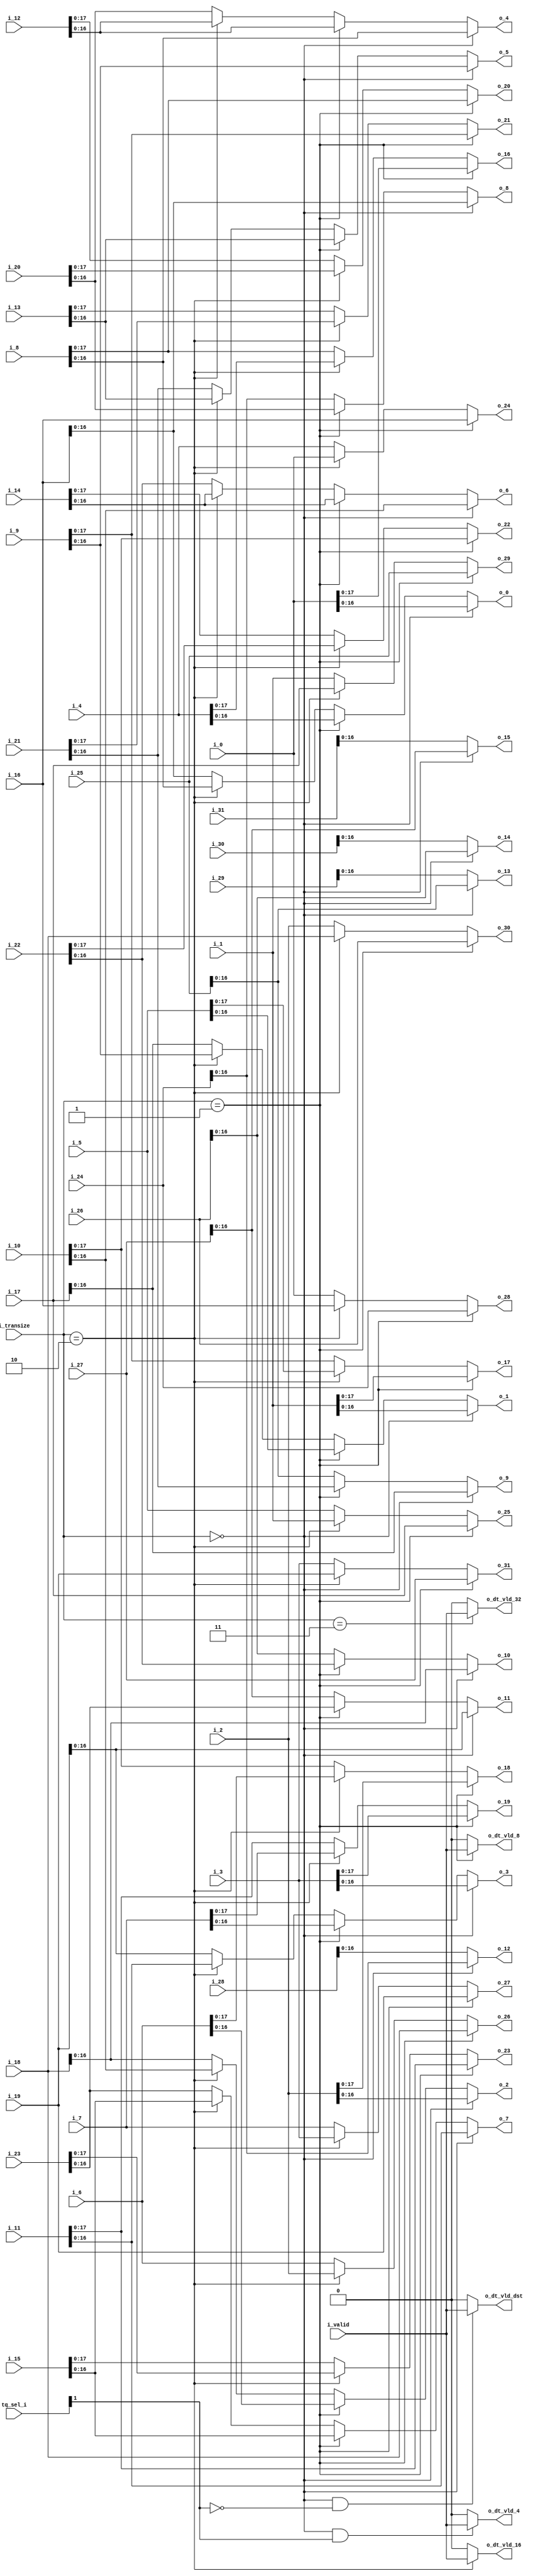
//company       : xm tech
//project name  : H265
//top module    : dct_top_2d.v
//data          : 2018.01.17
//delay         : 0 clk 
//describe      :
//modification  :
//v1.0          :
module re_in_ctl(
	i_valid     ,
	i_transize  ,
	tq_sel_i    ,
	i_0         ,	
	i_1         ,	
	i_2         ,	
	i_3         ,	
	i_4         ,	
	i_5         ,	
	i_6         ,	
	i_7         ,	
	i_8         ,	
	i_9         ,	
	i_10        ,	
	i_11        ,	
	i_12        ,	
	i_13        ,	
	i_14        ,	
	i_15        ,	
	i_16        ,	
	i_17        ,	
	i_18        ,	
	i_19        ,	
	i_20        ,	
	i_21        ,	
	i_22        ,	
	i_23        ,	
	i_24        ,	
	i_25        ,	
	i_26        ,	
	i_27        ,	
	i_28        ,	
	i_29        ,	
	i_30        ,	
	i_31        ,
//------------------------	
	o_dt_vld_32  ,
	o_dt_vld_16  ,
	o_dt_vld_8   ,
	o_dt_vld_4   ,
	o_dt_vld_dst,
//--------level0
	o_0         ,	
	o_1         ,	
	o_2         ,	
	o_3         ,	
	o_4         ,	
	o_5         ,	
	o_6         ,	
	o_7         ,	
	o_8         ,	
	o_9         ,	
	o_10        ,	
	o_11        ,	
	o_12        ,	
	o_13        ,	
	o_14        ,	
	o_15        ,	
//-------level1
	o_16        ,	
	o_17        ,	
	o_18        ,	
	o_19        ,	
	o_20        ,	
	o_21        ,	
	o_22        ,	
	o_23        ,	
//-------level2
	o_24        ,	
	o_25        ,	
	o_26        ,	
	o_27        ,
	o_28        ,	
	o_29        ,	
	o_30        ,	
	o_31        	
);

input   	i_valid     ;
input [1:0]  	i_transize  ;
input [1:0]  	tq_sel_i    ;
input [18:0]	i_0         ;	
input [18:0]	i_1         ;	
input [18:0]	i_2         ;	
input [18:0]	i_3         ;	
input [18:0]	i_4         ;	
input [18:0]	i_5         ;	
input [18:0]	i_6         ;	
input [18:0]	i_7         ;	
input [18:0]	i_8         ;	
input [18:0]	i_9         ;	
input [18:0]	i_10        ;	
input [18:0]	i_11        ;	
input [18:0]	i_12        ;	
input [18:0]	i_13        ;	
input [18:0]	i_14        ;	
input [18:0]	i_15        ;	
input [18:0]	i_16        ;	
input [18:0]	i_17        ;	
input [18:0]	i_18        ;	
input [18:0]	i_19        ;	
input [18:0]	i_20        ;	
input [18:0]	i_21        ;	
input [18:0]	i_22        ;	
input [18:0]	i_23        ;	
input [18:0]	i_24        ;	
input [18:0]	i_25        ;	
input [18:0]	i_26        ;	
input [18:0]	i_27        ;	
input [18:0]	i_28        ;	
input [18:0]	i_29        ;	
input [18:0]	i_30        ;	
input [18:0]	i_31        ;	
output   	o_dt_vld_32  ;
output   	o_dt_vld_16  ;
output   	o_dt_vld_8   ;
output   	o_dt_vld_4   ;
output   	o_dt_vld_dst;
//--------level0
output [16:0]	o_0         ;	
output [16:0]	o_1         ;	
output [16:0]	o_2         ;	
output [16:0]	o_3         ;	
output [16:0]	o_4         ;	
output [16:0]	o_5         ;	
output [16:0]	o_6         ;	
output [16:0]	o_7         ;	
output [16:0]	o_8         ;	
output [16:0]	o_9         ;	
output [16:0]	o_10        ;	
output [16:0]	o_11        ;	
output [16:0]	o_12        ;	
output [16:0]	o_13        ;	
output [16:0]	o_14        ;	
output [16:0]	o_15        ;	
//-------level1
output [17:0]	o_16        ;	
output [17:0]	o_17        ;	
output [17:0]	o_18        ;	
output [17:0]	o_19        ;	
output [17:0]	o_20        ;	
output [17:0]	o_21        ;	
output [17:0]	o_22        ;	
output [17:0]	o_23        ;	
//-------level2
output [18:0]	o_24        ;	
output [18:0]	o_25        ;	
output [18:0]	o_26        ;	
output [18:0]	o_27        ;
//------level3
output [18:0]	o_28        ;	
output [18:0]	o_29        ;	
output [18:0]	o_30        ;	
output [18:0]	o_31        ;	
//------------------------reg-----------------//
reg       	o_dt_vld_32  ;
reg       	o_dt_vld_16  ;
reg       	o_dt_vld_8   ;
reg       	o_dt_vld_4   ;
reg       	o_dt_vld_dst;
//--------level0
reg     [16:0]	o_0         ;	
reg     [16:0]	o_1         ;	
reg     [16:0]	o_2         ;	
reg     [16:0]	o_3         ;	
reg     [16:0]	o_4         ;	
reg     [16:0]	o_5         ;	
reg     [16:0]	o_6         ;	
reg     [16:0]	o_7         ;	
reg     [16:0]	o_8         ;	
reg     [16:0]	o_9         ;	
reg     [16:0]	o_10        ;	
reg     [16:0]	o_11        ;	
reg     [16:0]	o_12        ;	
reg     [16:0]	o_13        ;	
reg     [16:0]	o_14        ;	
reg     [16:0]	o_15        ;	
//-------level1
reg     [17:0]	o_16        ;	
reg     [17:0]	o_17        ;	
reg     [17:0]	o_18        ;	
reg     [17:0]	o_19        ;	
reg     [17:0]	o_20        ;	
reg     [17:0]	o_21        ;	
reg     [17:0]	o_22        ;	
reg     [17:0]	o_23        ;	
//-------level2
reg     [18:0]	o_24        ;	
reg     [18:0]	o_25        ;	
reg     [18:0]	o_26        ;	
reg     [18:0]	o_27        ;
//------level3
reg     [18:0]	o_28        ;	
reg     [18:0]	o_29        ;	
reg     [18:0]	o_30        ;	
reg     [18:0]	o_31        ;	
//level0
always @(*)
begin
	if(i_transize == 2'd0)//dct4x4 or dst4x4
	begin
		 o_0  = i_0[16:0]  ;
                 o_1  = i_1[16:0]  ;
                 o_2  = i_2[16:0]  ;
                 o_3  = i_3[16:0]  ;
                 o_4  = i_8[16:0]  ;
                 o_5  = i_9[16:0]  ;
                 o_6  = i_10[16:0] ;
                 o_7  = i_11[16:0] ;
                 o_8  = i_16[16:0] ;
                 o_9  = i_17[16:0] ;
                 o_10 = i_18[16:0] ;
                 o_11 = i_19[16:0] ;
                 o_12 = i_24[16:0] ;
                 o_13 = i_25[16:0] ;
                 o_14 = i_26[16:0] ;
                 o_15 = i_27[16:0] ;
	end
	else if(i_transize == 2'd1) //r4 r4 r4 r4
	begin
		 o_0  = i_4[16:0]  ;
                 o_1  = i_5[16:0]  ;
                 o_2  = i_6[16:0]  ;
                 o_3  = i_7[16:0]  ;
                 o_4  = i_12[16:0] ;
                 o_5  = i_13[16:0] ;
                 o_6  = i_14[16:0] ;
                 o_7  = i_15[16:0] ;
                 o_8  = i_20[16:0] ;
                 o_9  = i_21[16:0] ;
                 o_10 = i_22[16:0] ;
                 o_11 = i_23[16:0] ;
                 o_12 = i_28[16:0] ;
                 o_13 = i_29[16:0] ;
                 o_14 = i_30[16:0] ;
                 o_15 = i_31[16:0] ;
	end
	else if(i_transize == 2'd2)//r8 r8
	begin
		 o_0  = i_8[16:0]  ;
                 o_1  = i_9[16:0]  ;
                 o_2  = i_10[16:0] ;
                 o_3  = i_11[16:0] ;
                 o_4  = i_12[16:0] ;
                 o_5  = i_13[16:0] ;
                 o_6  = i_14[16:0] ;
                 o_7  = i_15[16:0] ;
                 o_8  = i_24[16:0] ;
                 o_9  = i_25[16:0] ;
                 o_10 = i_26[16:0] ;
                 o_11 = i_27[16:0] ;
                 o_12 = i_28[16:0] ;
                 o_13 = i_29[16:0] ;
                 o_14 = i_30[16:0] ;
                 o_15 = i_31[16:0] ;
	end
	else//r16
	begin
		 o_0  = i_16[16:0] ;
                 o_1  = i_17[16:0] ;
                 o_2  = i_18[16:0] ;
                 o_3  = i_19[16:0] ;
                 o_4  = i_20[16:0] ;
                 o_5  = i_21[16:0] ;
                 o_6  = i_22[16:0] ;
                 o_7  = i_23[16:0] ;
                 o_8  = i_24[16:0] ;
                 o_9  = i_25[16:0] ;
                 o_10 = i_26[16:0] ;
                 o_11 = i_27[16:0] ;
                 o_12 = i_28[16:0] ;
                 o_13 = i_29[16:0] ;
                 o_14 = i_30[16:0] ;
                 o_15 = i_31[16:0] ;
	end
end
//level1
always @(*)
begin
	if(i_transize == 2'd1)//a4 a4  
	begin
		 o_16  = i_0[17:0]  ;
                 o_17  = i_1[17:0]  ;
                 o_18  = i_2[17:0]  ;
                 o_19  = i_3[17:0]  ;
                 o_20  = i_8[17:0]  ;
                 o_21  = i_9[17:0]  ;
                 o_22  = i_10[17:0] ;
                 o_23  = i_11[17:0] ;
	end
	else if(i_transize == 2'd2)//r4  r4 
	begin
		 o_16  = i_4[17:0]  ;
                 o_17  = i_5[17:0]  ;
                 o_18  = i_6[17:0]  ;
                 o_19  = i_7[17:0]  ;
                 o_20  = i_20[17:0] ;
                 o_21  = i_21[17:0] ;
                 o_22  = i_22[17:0] ;
                 o_23  = i_23[17:0] ;
	end
	else
	begin
		 o_16  = i_8[17:0]  ;//r8
                 o_17  = i_9[17:0]  ;
                 o_18  = i_10[17:0] ;
                 o_19  = i_11[17:0] ;
                 o_20  = i_12[17:0] ;
                 o_21  = i_13[17:0] ;
                 o_22  = i_14[17:0] ;
                 o_23  = i_15[17:0] ;
	end
end

//level2
always @(*)
begin
	if(i_transize == 2'd1) //a4
	begin
		 o_24  = i_16  ;
                 o_25  = i_17  ;
                 o_26  = i_18  ;
                 o_27  = i_19  ;
	end
	else if(i_transize == 2'd2)
	begin
		 o_24  = i_0  ;//a4
                 o_25  = i_1  ;
                 o_26  = i_2  ;
                 o_27  = i_3  ;
	end
	else
	begin
		 o_24  = i_4  ;//r4
                 o_25  = i_5  ;
                 o_26  = i_6  ;
                 o_27  = i_7  ;
	end
end

//level3
always @(*)
begin
	if(i_transize == 2'd1) //a4
	begin
		 o_28  = i_24  ;
                 o_29  = i_25  ;
                 o_30  = i_26  ;
                 o_31  = i_27  ;
	end
	else if(i_transize == 2'd2)
	begin
		 o_28  = i_16  ;//a4
                 o_29  = i_17  ;
                 o_30  = i_18  ;
                 o_31  = i_19  ;
	end
	else
	begin
		 o_28  = i_0  ;//a4
                 o_29  = i_1  ;
                 o_30  = i_2  ;
                 o_31  = i_3  ;
	end
end
//--------------------------------------------------------//
always @(*)
begin
	if((i_transize == 2'd0) && (~tq_sel_i[1]))
		o_dt_vld_dst = i_valid;
	else
		o_dt_vld_dst = 1'b0;
end 

always @(*)
begin
	if((i_transize == 2'd0) && (tq_sel_i[1]))
		o_dt_vld_4 = i_valid;
	else
		o_dt_vld_4 = 1'b0;
end 

always @(*)
begin
	if(i_transize == 2'd1)
		o_dt_vld_8 = i_valid;
	else
		o_dt_vld_8 = 1'b0;
end 

always @(*)
begin
	if(i_transize == 2'd2)
		o_dt_vld_16 = i_valid;
	else
		o_dt_vld_16 = 1'b0;
end 

always @(*)
begin
	if(i_transize == 2'd3)
		o_dt_vld_32 = i_valid;
	else
		o_dt_vld_32 = 1'b0;
end 

endmodule